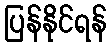
ပြန်နိုင်ရန်